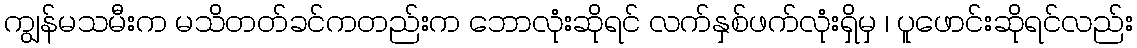
ကျွန်မသမီးက မသိတတ်ခင်ကတည်းက ဘောလုံးဆိုရင် လက်နှစ်ဖက်လုံးရှိမှ ၊ ပူဖောင်းဆိုရင်လည်း